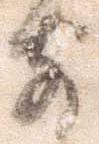
前